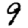
Digit: 9